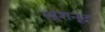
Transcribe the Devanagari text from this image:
ख़ुशनूद